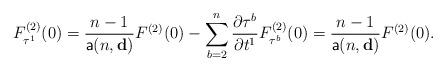
LaTeX: \begin{align*}F_{\tau^1}^{(2)}(0)=\frac{n-1}{\mathsf{a}(n,\mathbf{d})}F^{(2)}(0)-\sum_{b=2}^{n}\frac{\partial \tau^b}{\partial t^1}F_{\tau^b}^{(2)}(0)=\frac{n-1}{\mathsf{a}(n,\mathbf{d})}F^{(2)}(0).\end{align*}